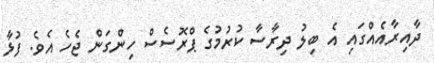
ދާއިރާއެއްގައި އެ ބިލު ދިރާސާ ކުރުމުގެ ޕްރޮސެސް ހިންގަން ޖެހެ އެވެ. ފުޅާ